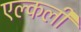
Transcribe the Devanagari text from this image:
एल्कली